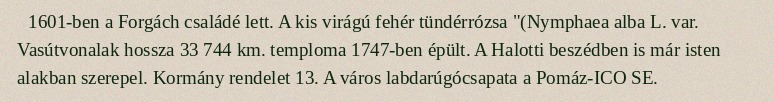
1601-ben a Forgách családé lett. A kis virágú fehér tündérrózsa "(Nymphaea alba L. var. Vasútvonalak hossza 33 744 km. temploma 1747-ben épült. A Halotti beszédben is már isten alakban szerepel. Kormány rendelet 13. A város labdarúgócsapata a Pomáz-ICO SE.